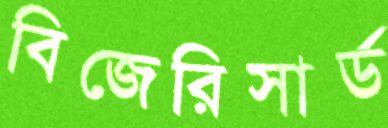
বিজেরিসার্ড